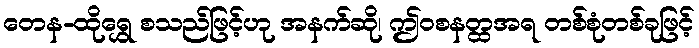
တေန-ထိုရွှေ စသည်ဖြင့်ဟု အနက်ဆို၊ ဤဝစနတ္ထအရ တစ်စုံတစ်ခုဖြင့်